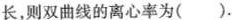
长，则双曲线的离心率为( ).